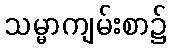
သမ္မာကျမ်းစာ၌